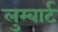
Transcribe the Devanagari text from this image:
लुम्बार्ट